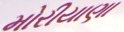
મોરીયાણા